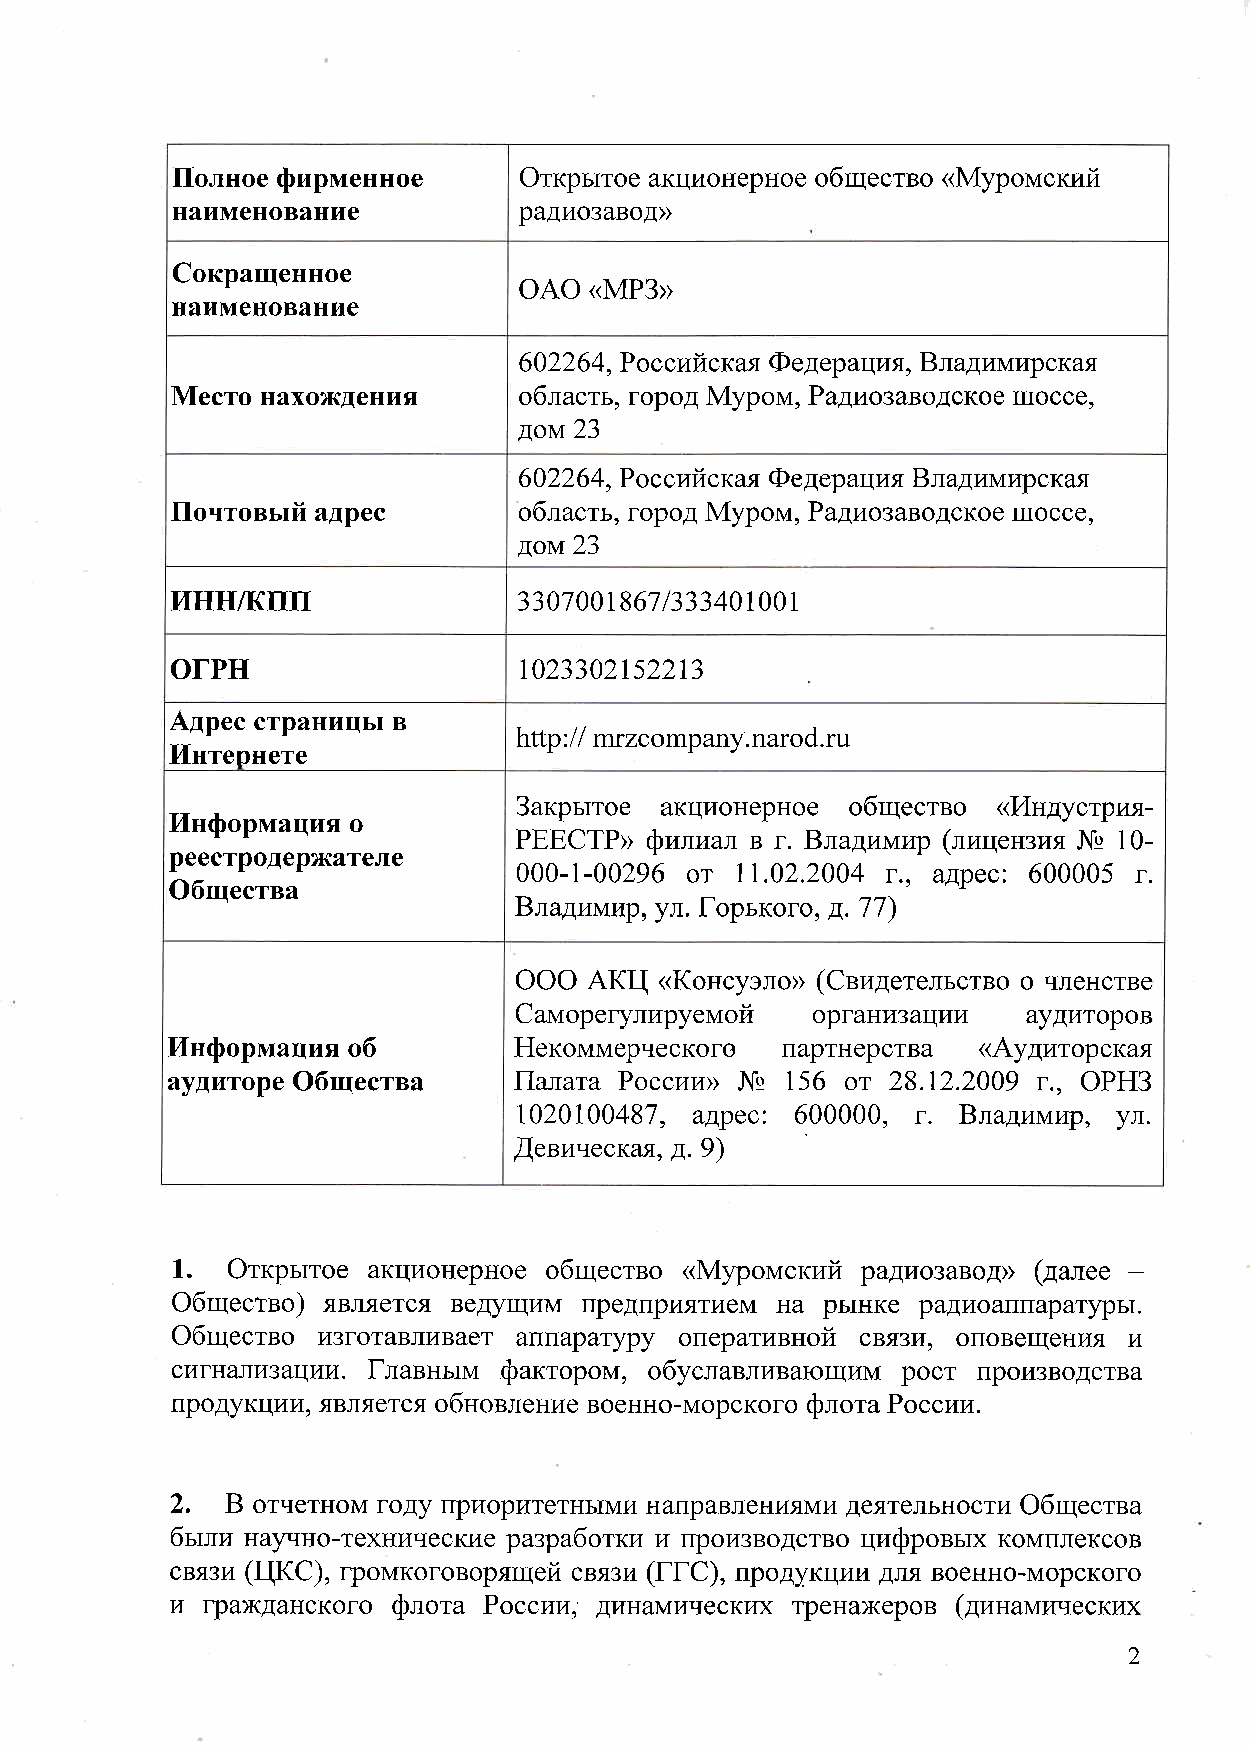
Полное  фирменное     Открытое  акционерное  общество   Муромский
 наименование
 радиозавод
 Сокращенное
 оАо   МРЗ
 наименование
 Российская  Федер  ация   Владимирская
 Место  нахождения      область   город  Муром   Радиозаводское  шоссе
 дом
 Российская  Федер  ация  Владимирская
 Почтовый  адрес        область   город  Муром   Радиозаводское  шоссе
 дом
 инн   кпп
 ззз
 огрн                       зз        з
 Мрес  страницы  в
 интернете
 Закрытое  акционерное  общество    Индустрия
 Информация  о
 РЕЕСТР   филиал  в  г   Владимир   лицензия    Ъ
 реестродержателе                   от             г    адрес   б       г
 Общества
 Владимир    Горького   д
 ул
 ООО  АКЦ   Консуэло    Свидетельство  о  членстве
 Саморегулируемой    организации   аудиторов
 Информация  об         Некоммерческого   партнерства    Аудиторская
 аудиторе  Общества     Палата  России     ф     от             г    оРНЗ
 г
 В    адрес            Владимир   ул
 Щевическая   д
 Открытое  акционерное  общество   Муромский  радиозавод    далее
 Общество   является  ведущим  предприятием  на  рынке  радиоап  таратуры
 Общество  изготавливает  аппаратуру  оперативной  связи   оповещени    и
 сигн€    изации   Главным  фактором   обуславливающим  рост  производства
 продукции   является  обновление  военно  морского  России
 флота
 В  отчетном  году  приоритетными  направлениями  деятельности  Общества
 были  научно  технические  разработки  и  производство  цифровых  комплексов
 связи         громкоговорящей  связи   ГГС    продукции  для  военно  морского
 и  гражданского  флота  России   динамических  тренажеров   динамических